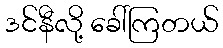
ဒင်နီလို့ ခေါ်ကြတယ်